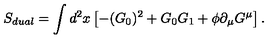
S _ { d u a l } = \int d ^ { 2 } x \left[ - ( G _ { 0 } ) ^ { 2 } + G _ { 0 } G _ { 1 } + { \phi } { \partial } _ { \mu } G ^ { \mu } \right] .